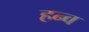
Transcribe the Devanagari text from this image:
हन्व